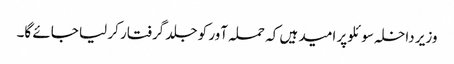
وزیر داخلہ سوئلو پر امید ہیں کہ حملہ آور کو جلد گرفتار کر لیا جائے گا۔